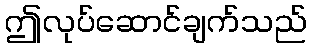
ဤလုပ်ဆောင်ချက်သည်